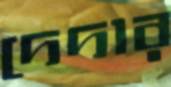
দেদার